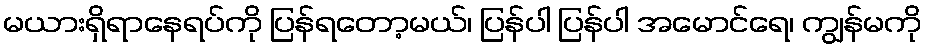
မယားရှိရာနေရပ်ကို ပြန်ရတော့မယ်၊ ပြန်ပါ ပြန်ပါ အမောင်ရေ၊ ကျွန်မကို